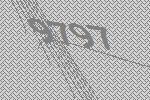
9797